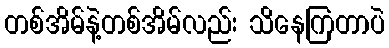
တစ်အိမ်နဲ့တစ်အိမ်လည်း သိနေကြတာပဲ